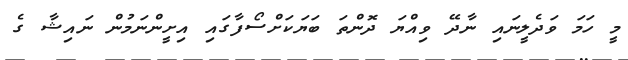
މީ ހަމަ ވަދެލީނައި ނާދޭ ވިއްޔަ ދޮންތަ ބަޔަކަށްސޯފާގައި އިށީންނަމުން ނައިޝާ ގެ